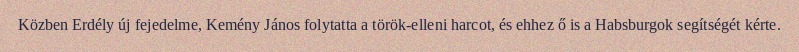
Közben Erdély új fejedelme, Kemény János folytatta a török-elleni harcot, és ehhez ő is a Habsburgok segítségét kérte.